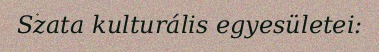
Szata kulturális egyesületei: